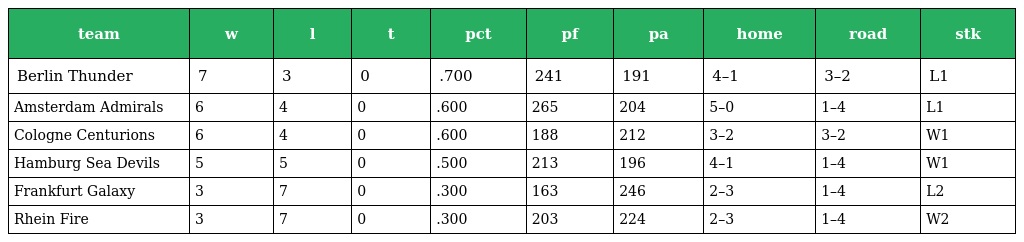
| team | w | l | t | pct | pf | pa | home | road | stk |
 | --- | --- | --- | --- | --- | --- | --- | --- | --- | --- |
 | Berlin Thunder | 7 | 3 | 0 | .700 | 241 | 191 | 4–1 | 3–2 | L1 |
 | Amsterdam Admirals | 6 | 4 | 0 | .600 | 265 | 204 | 5–0 | 1–4 | L1 |
 | Cologne Centurions | 6 | 4 | 0 | .600 | 188 | 212 | 3–2 | 3–2 | W1 |
 | Hamburg Sea Devils | 5 | 5 | 0 | .500 | 213 | 196 | 4–1 | 1–4 | W1 |
 | Frankfurt Galaxy | 3 | 7 | 0 | .300 | 163 | 246 | 2–3 | 1–4 | L2 |
 | Rhein Fire | 3 | 7 | 0 | .300 | 203 | 224 | 2–3 | 1–4 | W2 |